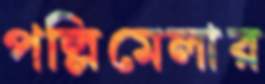
পল্লিমেলার